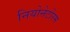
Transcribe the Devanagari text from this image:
नियोनेटोरम